Language: tamil
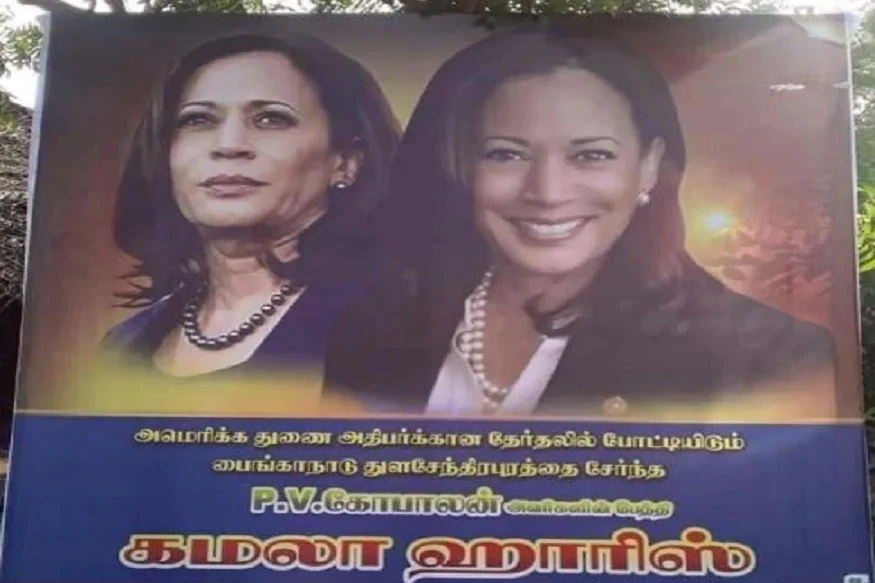
Transcription: அமெரிக்க துணை போட்டியிடும் பைங்காநாடு சேர்ந்த கோபாலன் கமலா ஹாரிஸ் தேர்தலில்